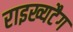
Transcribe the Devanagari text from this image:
राइख्यटैग